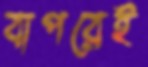
বাপরেই